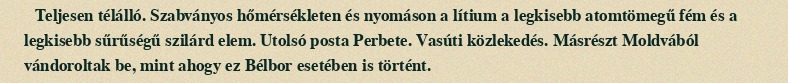
Teljesen télálló. Szabványos hőmérsékleten és nyomáson a lítium a legkisebb atomtömegű fém és a legkisebb sűrűségű szilárd elem. Utolsó posta Perbete. Vasúti közlekedés. Másrészt Moldvából vándoroltak be, mint ahogy ez Bélbor esetében is történt.